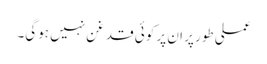
عملی طور پر ان پر کوئی قد غن نہیں ہوگی۔